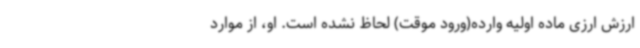
ارزش ارزی ماده اولیه وارده(ورود موقت) لحاظ نشده است. او، از موارد